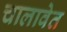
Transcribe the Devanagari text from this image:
चालावेत